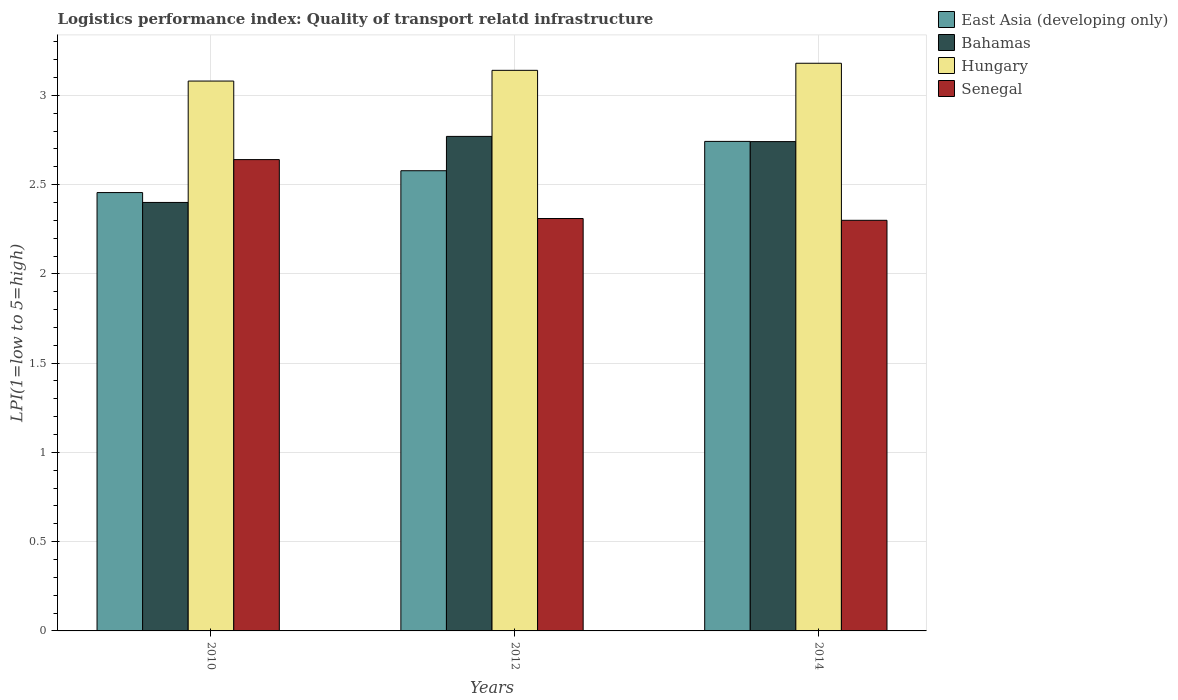
| Years | East Asia (developing only) | Bahamas | Hungary | Senegal |
 | --- | --- | --- | --- | --- |
 | 2010 | 2.46 | 2.4 | 3.08 | 2.64 |
 | 2012 | 2.58 | 2.77 | 3.14 | 2.31 |
 | 2014 | 2.74 | 2.74 | 3.18 | 2.3 |